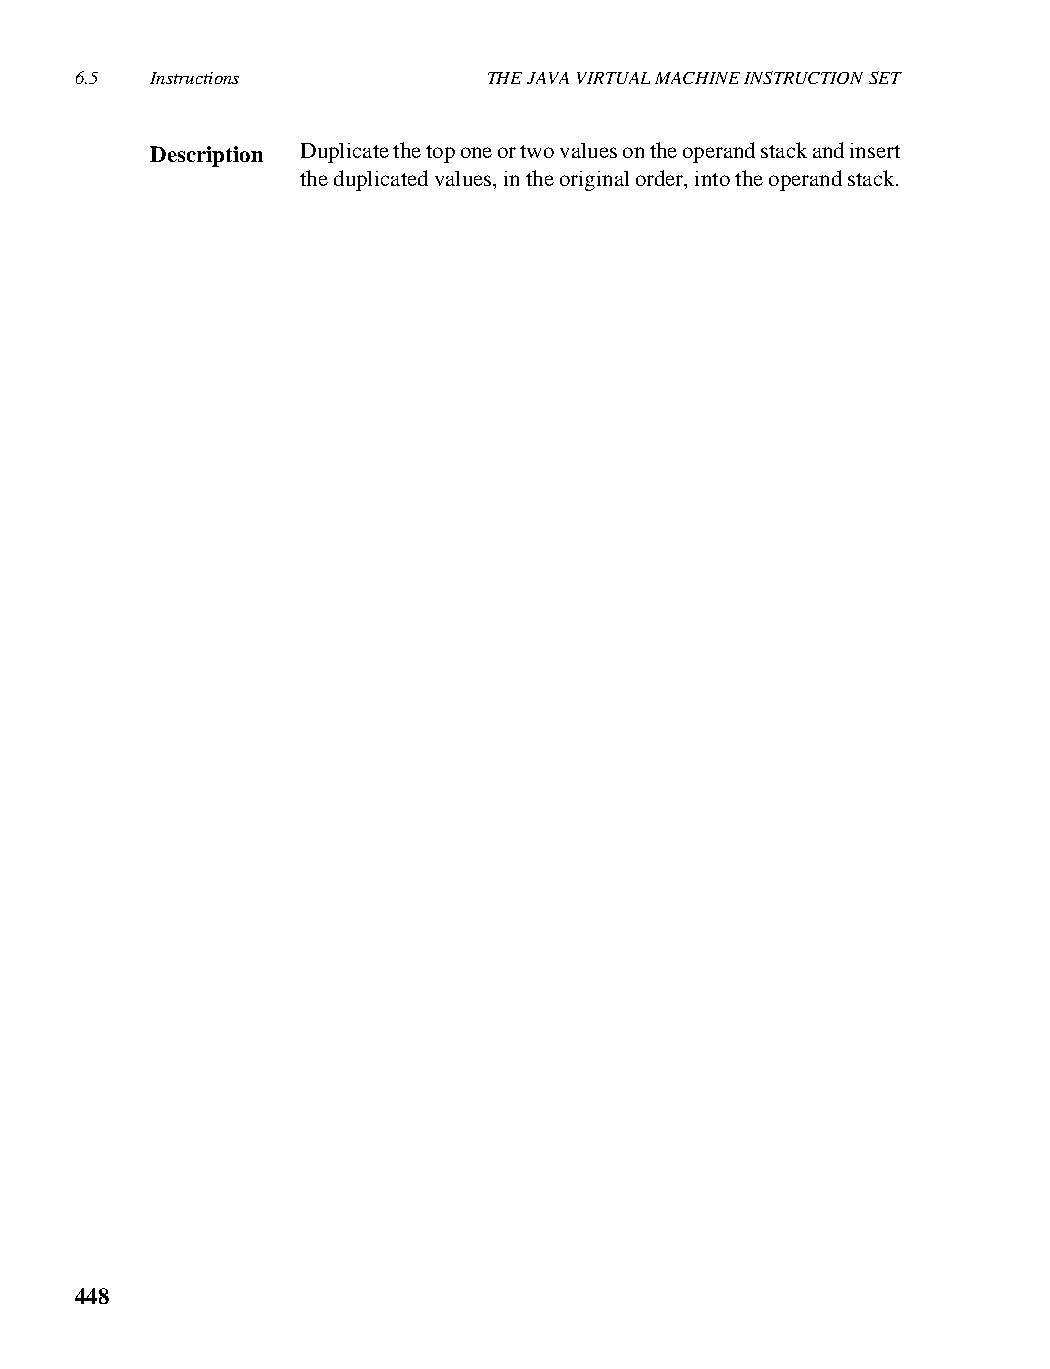
6.5  Instructions          THE JAVA VIRTUAL MACHINE INSTRUCTION SET
 Description Duplicate the top one or two values on the operand stack and insert
 the duplicated values, in the original order, into the operand stack.
 448